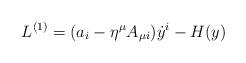
LaTeX: \begin{align*}L^{(1)}=(a_i-\eta^{\mu}A_{\mu i})\dot{y}^i-H(y) \end{align*}